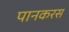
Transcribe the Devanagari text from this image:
पानकरस